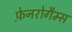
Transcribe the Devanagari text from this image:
फ़ेनरोगैम्स